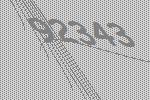
92343